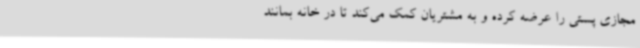
مجازی پستی را عرضه کرده و به مشتریان کمک می‌کند تا در خانه بمانند